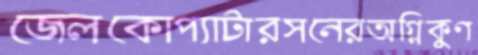
জেলকোপ্যাটারসনেরঅগ্নিকুণ